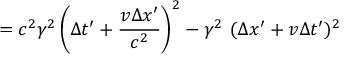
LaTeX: = c ^ { 2 } \gamma ^ { 2 } \left( \Delta t ^ { \prime } + { \frac { v \Delta x ^ { \prime } } { c ^ { 2 } } } \right) ^ { 2 } - \gamma ^ { 2 } \ ( \Delta x ^ { \prime } + v \Delta t ^ { \prime } ) ^ { 2 }